Civil Veterinary Dept. North-West Frontier Province 1923-32 - 1923-1932
Year: 1923
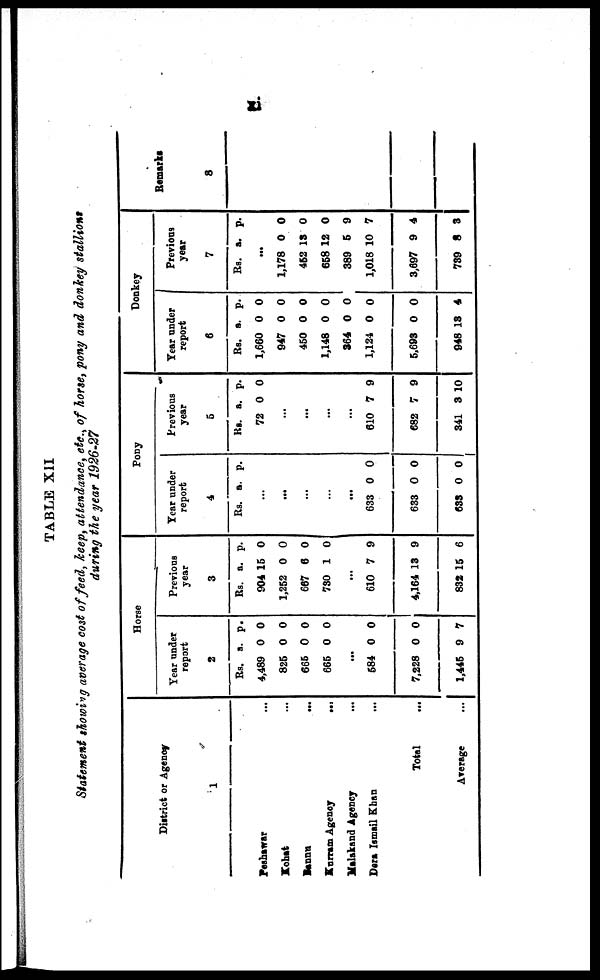
TABLE XII
Statement showing average cost of feed, keep, attendance, etc., of horse, pony and donkey stallions
during the year 1926-27
District or Agency
1
Peshawar ...
Kohat ...
Bannu ...
Kurram
Agency
...
Malakand Agency ...
Dera Ismail Khan ...
Total ...
Average ...
Horse
Year under
report
2
Rs.
4,489
825
665
665
...
684
7,228
1,445
a.
0
0
0
0
0
0
9
p.
0
0
0
0
0
0
7
Previous
year
3
Rs.
904
1,252
667
730
..
610
4,164
832
a.
15
0
6
1
.
7
13
15
p.
0
0
0
0
9
9
6
Pony
Year under
report
4
Rs.
...
...
...
...
633
633
633
a.
0
0
0
p.
0
0
0
Previous
year
5
Rs.
72
...
...
...
...
610
682
341
a.
0
7
7
3
p.
0
9
9
10
Donkey
Year under
report
6
Rs.
1,660
947
450
1,148
364
1,124
5,693
948
a.
0
0
0
0
0
0
0
18
p.
0
0
0
0
0
0
0
4
Previous
year
7
Rs.
...
1,178
452
658
389
1,018
3,697
739
a.
0
13
12
5
10
9
8
p.
0
0
0
9
7
4
3
Remarks
8